Indian journal of veterinary science and animal husbandry - Volume 2,
Year: 1932
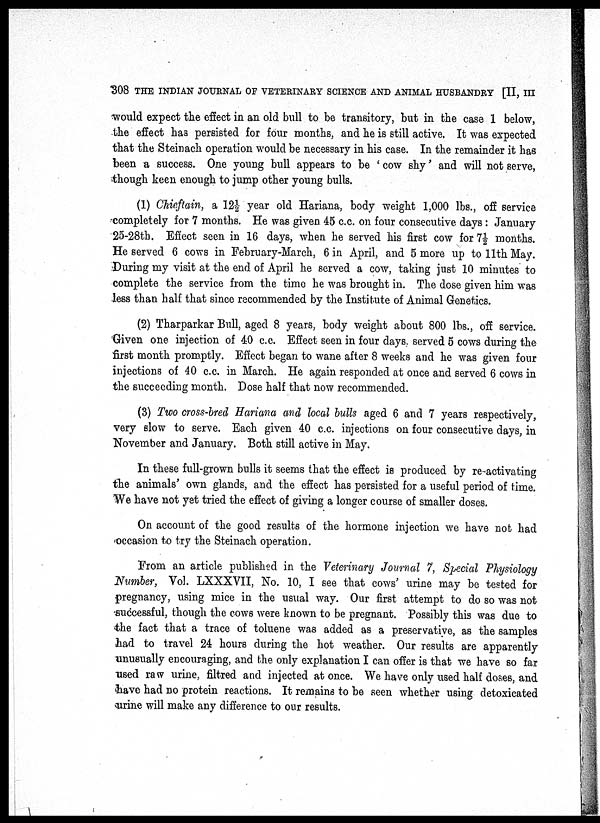
308 THE INDIAN JOURNAL OF VETERINARY SCIENCE AND ANIMAL HUSBANDRY [II, III
would expect the effect in an old bull to be transitory, but in the case 1 below,
the effect has persisted for four months, and he is still active. It was expected
that the Steinach operation would be necessary in his case. In the remainder it has
been a success. One young bull appears to be ' cow shy' and will not serve,
though keen enough to jump other young bulls.
(1) Chieftain, a 12½ year old Hariana, body weight 1,000 lbs., off service
completely for 7 months. He was given 45 c.c. on four consecutive days: January
25-28th. Effect seen in 16 days, when he served his first cow for 7½ months.
He served 6 cows in February-March, 6 in April, and 5 more up to 11th May.
During my visit at the end of April he served a cow, taking just 10 minutes to
complete the service from the time he was brought in. The dose given him was
less than half that since recommended by the Institute of Animal Genetics.
(2) Tharparkar Bull, aged 8 years, body weight about 800 lbs., off service.
Given one injection of 40 c.c. Effect seen in four days served 5 cows during the
first month promptly. Effect began to wane after 8 weeks and he was given four
injections of 40 c.c. in March. He again responded at once and served 6 cows in
the succeeding month. Dose half that now recommended.
(3) Two cross-bred Hariana and local bulls aged 6 and 7 years respectively,
very slow to serve. Each given 40 c.c. injections on four consecutive days, in
November and January. Both still active in May.
In these full-grown bulls it seems that the effect is produced by re-activating
the animals' own glands, and the effect has persisted for a useful period of time.
We have not yet tried the effect of giving a longer course of smaller doses.
On account of the good results of the hormone injection we have not had
occasion to try the Steinach operation.
From an article published in the Veterinary Journal 7, Special Physiology
Number, Vol. LXXXVII, No. 10, I see that cows' urine may be tested for
pregnancy, using mice in the usual way. Our first attempt to do so was not
successful, though the cows were known to be pregnant. Possibly this was due to
the fact that a trace of toluene was added as a preservative, as the samples
had to travel 24 hours during the hot weather. Our results are apparently
unusually encouraging, and the only explanation I can offer is that we have so far
used raw urine, filtred and injected at once. We have only used half doses, and
have had no protein reactions. It remains to be seen whether using detoxicated
urine will make any difference to our results.